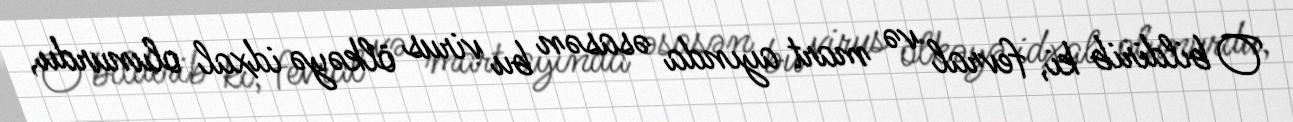
O bildirib ki, fevral və mart ayında əsasən bu virus ölkəyə idxal olunurdu,